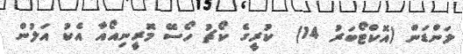
ލަންޑަން (އޮކްޓޯބަރު 14)  ކުރީގެ ކޯޗު ހޯސޭ މޮރީނިއޯއާ އެކު އަލުން